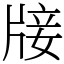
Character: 𤗈